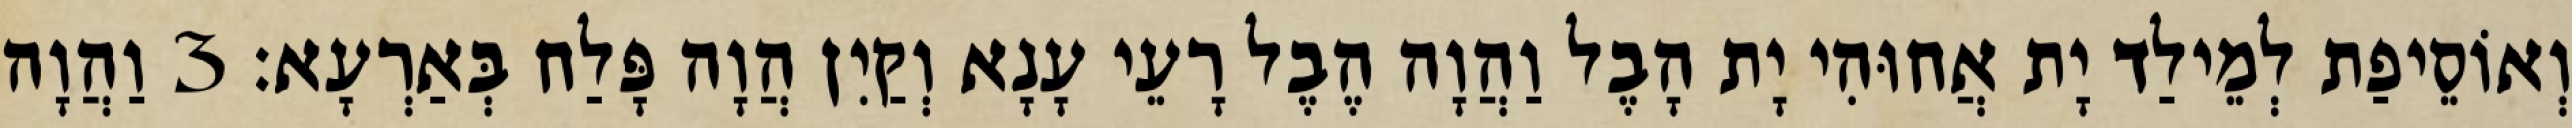
וְאוֹסֵיפַת לְמֵילַד יָת אֲחוּהִי יָת הָבֶל וַהֲוָה הֶבֶל רָעֵי עָנָא וְקַיִן הֲוָה פָּלַח בְּאַרְעָא׃ 3 וַהֲוָה